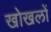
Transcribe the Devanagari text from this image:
खोखलों